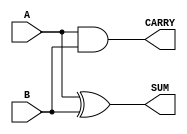
module half_adder #(parameter WIDTH = 1) (
    input  [WIDTH-1:0] A,      // Input A
    input  [WIDTH-1:0] B,      // Input B
    output [WIDTH-1:0] SUM,     // Sum output
    output [WIDTH-1:0] CARRY    // Carry output
);

    // Calculate SUM using bitwise XOR
    assign SUM = A ^ B;

    // Calculate CARRY using bitwise AND
    assign CARRY = A & B;

endmodule